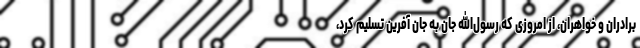
برادران و خواهران، از امروزی که رسول‌الله جان به جان آفرین تسلیم کرد،